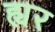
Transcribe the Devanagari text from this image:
ह्यर